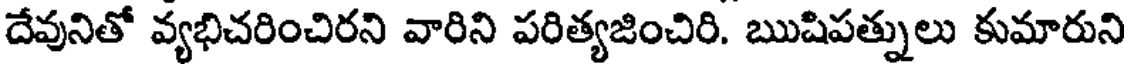
దేవునితో వ్యభిచరించిరని వారిని పరిత్యజించిరి. ఋషిపత్నులు కుమారుని